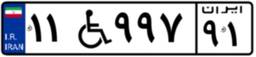
۱۱W۹۹۷۹۱